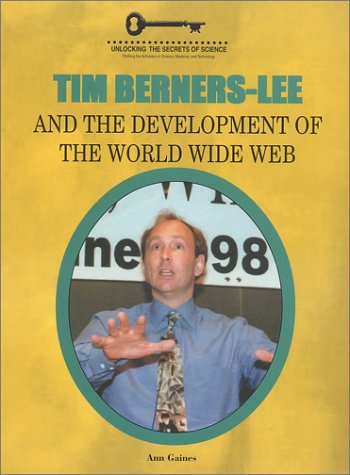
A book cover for Tim Berners-Lee and the Development of the World Wide Web (Unlocking the Secrets of Science); Ann Gaines; Children's Books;